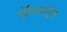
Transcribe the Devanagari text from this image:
ॲप्लाईड